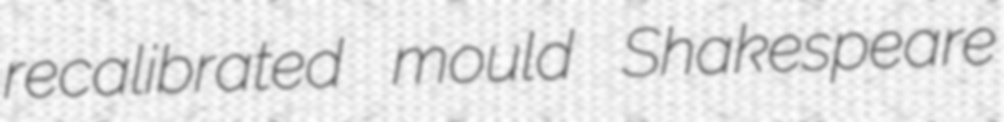
recalibrated mould Shakespeare